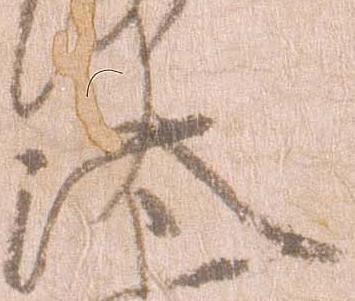
汰